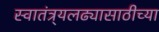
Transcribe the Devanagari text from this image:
स्वातंत्र्यलढ्यासाठीच्या